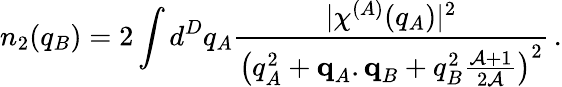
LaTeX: n_{2}(q_{B})=2\int d^{D}q_{A}\frac{\lvert\chi^{(A)}(q_{A})\rvert^{2}}{\left(q_{A}^{2}+\textbf{q}_{A}.\textbf{q}_{B}+q_{B}^{2}\frac{\mathcal{A}+1}{2\mathcal{A}}\right)^{2}}\, .